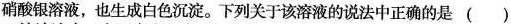
硝酸银溶液，也生成白色沉淀。下列关于该溶液的说法中正确的是()